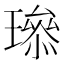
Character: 𤩨